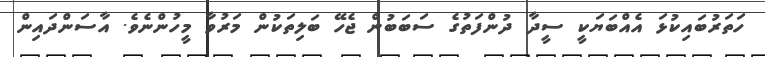
ހަތަރުބައިކުޅަ އެއްބަޔަކީ ސީދާ ދުންފަތުގެ ސަބަބުން ޖެހޭ ބަލިތަކުން މަރުވާ މީހުންނެވެ. އާސަންދައިން